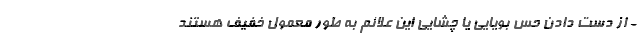
- از دست دادن حس بویایی یا چشایی این علائم به طور معمول خفیف هستند